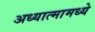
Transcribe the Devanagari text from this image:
अध्यात्मामध्ये